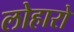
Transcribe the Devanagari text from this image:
लोहारो